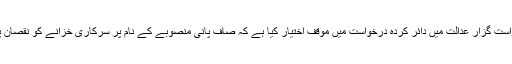
یاد رہے کہ درخواست گزار عدالت میں دائر کردہ درخواست میں موقف اختیار کیا ہے کہ صاف پانی منصوبے کے نام پر سرکاری خزانے کو نقصان پہنچایا جا رہا ہے۔